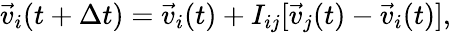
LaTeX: \vec{v}_{i}(t+\Delta t)=\vec{v}_{i}(t)+I_{ij}[\vec{v}_{j}(t)-\vec{v}_{i}(t)],